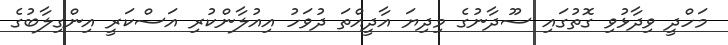
މަހްދީ ވިދާޅުވި ގޮތުގައި ސޫދާނުގެ މިދިޔަ އާދީއްތަ ދުވަހު އިއުލާންކުރި އަސްކަރީ އިންގިލާބުގެ